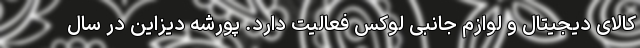
کالای دیجیتال و لوازم جانبی لوکس فعالیت دارد. پورشه دیزاین در سال